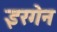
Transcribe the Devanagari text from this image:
इरगेन